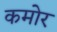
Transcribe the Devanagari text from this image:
कमोर